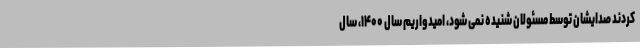
کردند صدایشان توسط مسئولان شنیده نمی شود، امیدواریم سال ۱۴۰۰، سال